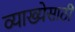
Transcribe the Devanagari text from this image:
व्याख्येसाठी